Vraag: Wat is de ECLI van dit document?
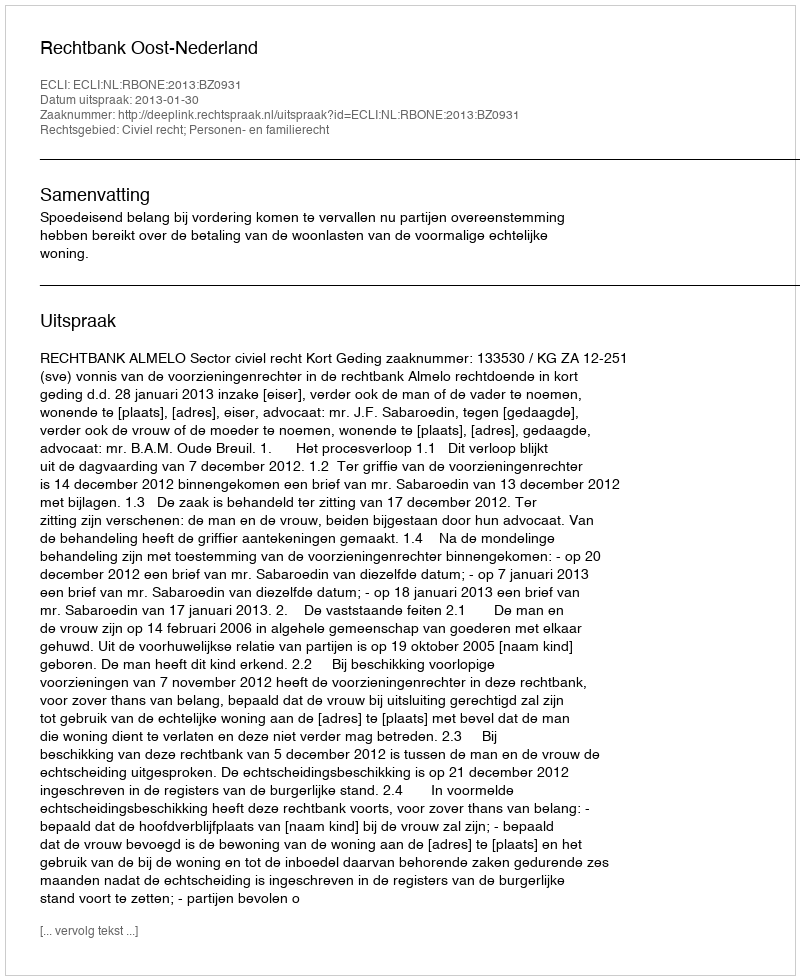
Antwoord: ECLI:NL:RBONE:2013:BZ0931